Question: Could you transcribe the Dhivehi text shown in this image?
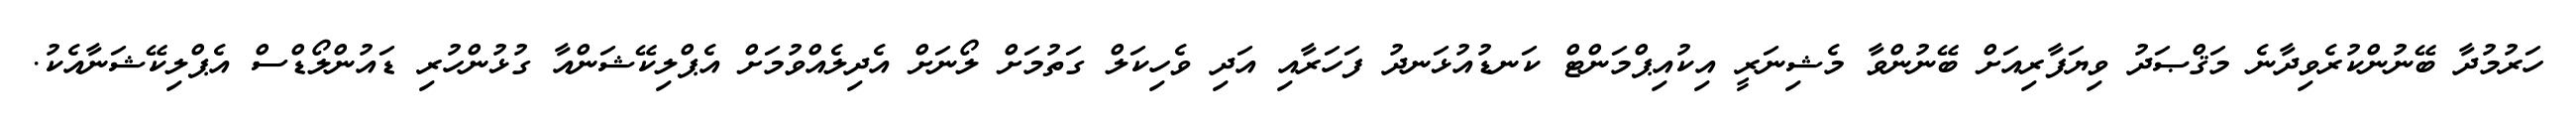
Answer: ހަރުމުދާ ބޭނުންކުރެވިދާނެ މަޤްޞަދު ވިޔަފާރިއަށް ބޭނުންވާ މެޝިނަރީ އިކުއިޕްމަންޓް ކަނޑުއުޅަނދު ފަހަރާއި އަދި ވެހިކަލް ގަތުމަށް ލޯނަށް އެދިލެއްވުމަށް އެޕްލިކޭޝަންއާ ގުޅުންހުރި ޑައުންލޯޑްސް އެޕްލިކޭޝަނާއެކު.